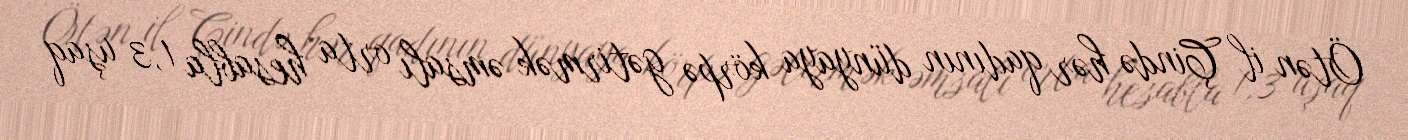
Ötən il Çində hər qadının dünyaya körpə gətirmək əmsalı orta hesabla 1,3 uşaq